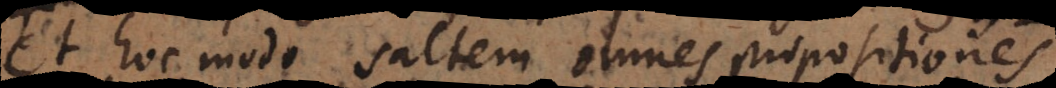
Et hoc modo saltem omnes propositiones